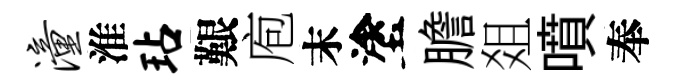
潼淮玷艱庖末塗膽爼噴奉